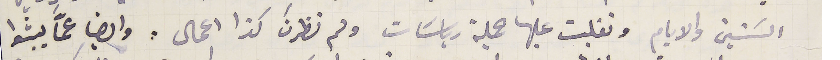
السَنين والايام وتقلبت عليها جملة رياسَات ولم نظرنَ كذا اعمال. وايضا عمَّا يبثوا